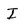
Character: I